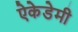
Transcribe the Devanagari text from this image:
ऐकेडेमी